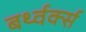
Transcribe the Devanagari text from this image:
बर्थ्वर्क्स